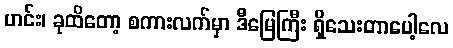
ဟင်း၊ ခုထိတော့ စကားလက်မှာ ဒီမြေကြီး ရှိသေးတာပေါ့လေ